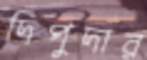
দিপুদার